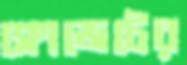
ক্লোজেটের